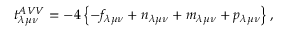
t _ { \lambda \mu \nu } ^ { A V V } = - 4 \left\{ - f _ { \lambda \mu \nu } + n _ { \lambda \mu \nu } + m _ { \lambda \mu \nu } + p _ { \lambda \mu \nu } \right\} ,